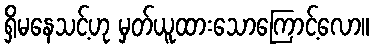
ရှိမနေသင့်ဟု မှတ်ယူထားသောကြောင့်လော။